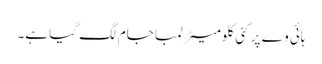
ہائی وے پر کئی کلومیٹر لمبا جام لگ گیا ہے۔